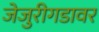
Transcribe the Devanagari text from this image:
जेजुरीगडावर